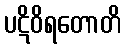
ပဋိဝိရတောတိ